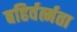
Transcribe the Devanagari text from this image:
बहिर्वर्त्मता